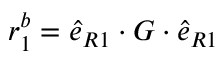
\boldsymbol { r } _ { 1 } ^ { b } = \boldsymbol { \hat { e } } _ { R 1 } \cdot \boldsymbol { G } \cdot \boldsymbol { \hat { e } } _ { R 1 }